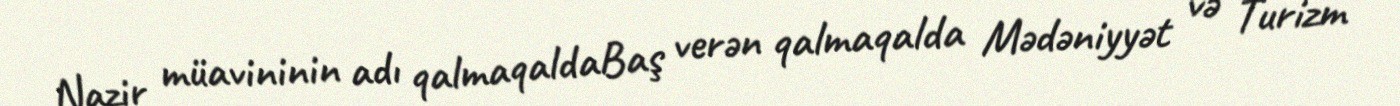
Nazir müavininin adı qalmaqaldaBaş verən qalmaqalda Mədəniyyət və Turizm